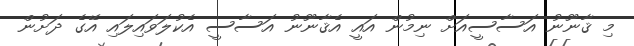
މި ޤާނޫނު އަސާސީއަށް ނިމުން އައީ އެޤާނޫނު އަސާސީ އެކުލަވައިލައި އޭގެ ދަށުން